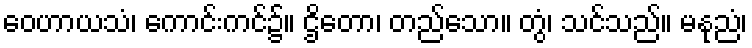
ဝေဟာယသံ၊ ကောင်းကင်၌။ ဌိတော၊ တည်သော။ တွံ၊ သင်သည်။ မနုညံ၊